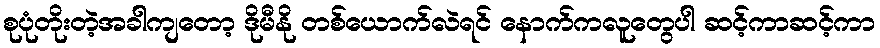
စုပုံတိုးတဲ့အခါကျတော့ ဒိုမီနို တစ်ယောက်လဲရင် နောက်ကလူတွေပါ ဆင့်ကာဆင့်ကာ